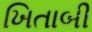
ખિતાબી